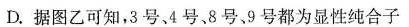
D.据图乙可知，3号4号、8号、9号都为显性纯合子